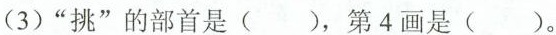
(3)”挑”的部首是( )，第4画是( )。